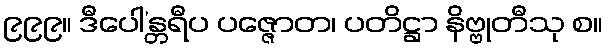
၉၉၉။ ဒီပေါ’န္တရီပ ပဇ္ဇောတ၊ ပတိဋ္ဌာ နိဗ္ဗုတီသု စ။